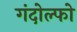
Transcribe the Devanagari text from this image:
गंदोल्फो